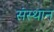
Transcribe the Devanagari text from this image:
संस्थान